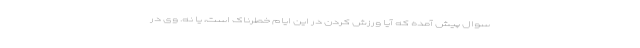
سوال پیش آمده که آیا ورزش کردن در این ایام خطرناک است، یا نه. وی در